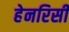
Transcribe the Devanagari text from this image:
हेनरिसी